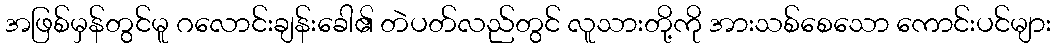
အဖြစ်မှန်တွင်မူ ဂလောင်းချန်းခေါ၏ တဲပတ်လည်တွင် လူသားတို့ကို အားသစ်စေသော ကောင်းပင်များ